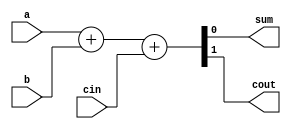
/*************************************************************
Design Name 	: 1 - Bit Full adder
File Name   	: full_adder_tb.v
Function    	: Add two 1-Bit number
Programer     	: Mohammad Abdul Moin Oninda
Last Modified	: 26-07-2019
*************************************************************/
module full_adder_v2(	sum,
							cout,
							a,
							b,
							cin);
						
//Port declaration

//Output
output reg sum;
output reg cout;

//Input
input a;
input b;
input cin;


//Instantiation

always @(a, b, cin)
	begin
		{cout, sum} = a + b + cin;
	end
	
endmodule